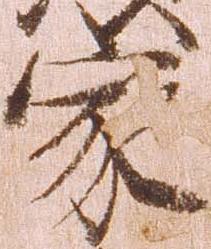
家